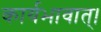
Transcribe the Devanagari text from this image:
कार्यभावात्।